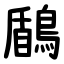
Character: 鶞